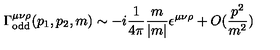
\Gamma _ { \mathrm { o d d } } ^ { \mu \nu \rho } ( p _ { 1 } , p _ { 2 } , m ) \sim - i \frac { 1 } { 4 \pi } \frac { m } { | m | } \epsilon ^ { \mu \nu \rho } + O ( \frac { p ^ { 2 } } { m ^ { 2 } } )